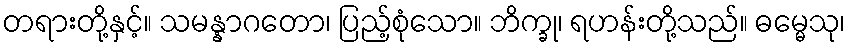
တရားတို့နှင့်။ သမန္နာဂတော၊ ပြည့်စုံသော။ ဘိက္ခု၊ ရဟန်းတို့သည်။ ဓမ္မေသု၊